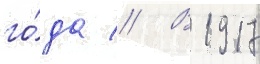
го́да // В 1917